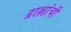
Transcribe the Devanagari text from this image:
द्राक्षांची